Annual report of the Imperial Bacteriological Laboratory, Muktesar
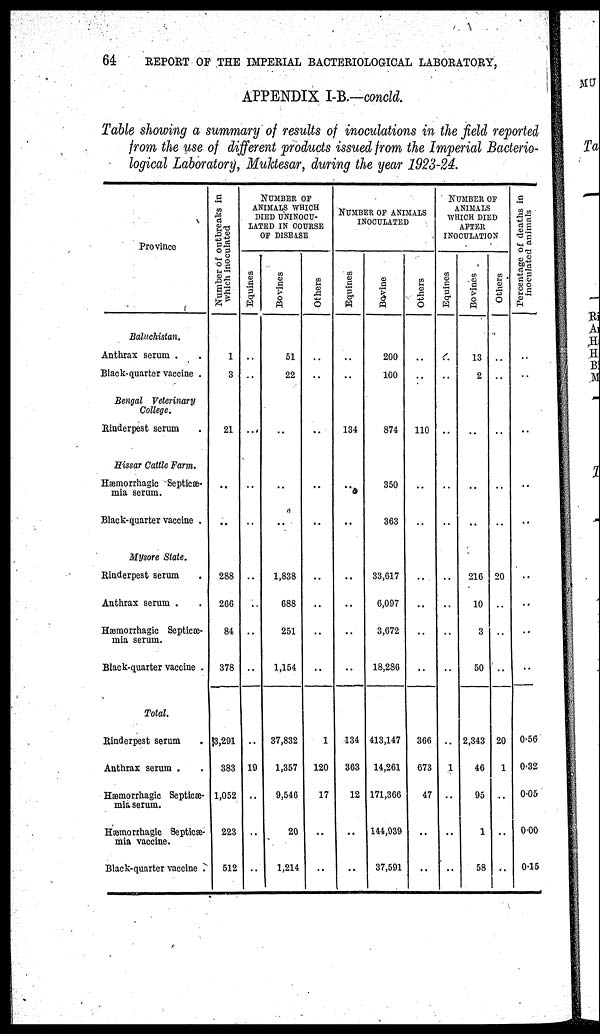
64
REPORT OF THE IMPERIAL BACTERIOLOGICAL LABORATORY,
APPENDIX I-B.-concld.
Table showing a summary of results of inoculations in the field reported
from the use of different products issued from the Imperial Bacterio-
logical Laboratory, Muktesar, during the year 1923-24.
Province
Baluchistan.
Anthrax serum . .
Black-quarter vaccine.
Bengal Veterinary
College.
Rinderpest serum .
Hissar Cattle Farm.
Hæmorrhagic Septicæ-
mia serum.
Black-quarter vaccine .
Mysore State.
Rinderpest serum .
Anthrax serum . .
Hæmorrhagic Septicæ-
mia serum.
Black-quarter vaccine .
Total.
Rinderpest serum .
Anthrax serum . .
Hæmorrhagic Septicæ-
mia serum.
Hæmorrhagic Septicæ-
mia vaccine.
Black-quarter vaccine .
Number of outbreaks in
which inoculated
1
3
21
..
..
288
266
84
378
13,291
383
1,052
223
512
NUMBER OF
ANIMALS WHICH
DIED UNINOCU-
LATED IN COURSE
OF DISEASE
Equines
..
..
...
..
..
..
..
..
..
..
19
..
..
..
Bovines
51
22
..
..
..
1,838
688
251
1,154
37,832
1,357
9,546
20
1,214
Others
..
..
..
..
..
..
..
..
..
1
120
17
..
..
NUMBER OF ANIMALS
INOCULATED
Equines
..
..
134
..
..
..
..
..
..
134
363
12
..
..
Bovine
200
100
874
350
363
33,617
6,097
3,672
18,286
413,147
14,261
171,366
144,939
37,591
Others
..
..
110
..
..
..
..
..
..
366
673
47
..
..
NUMBER OF
ANIMALS
WHICH DIED
AFTER
INOCULATION
Equines
..
..
..
..
..
..
..
..
..
..
1
..
..
..
Bovines
13
2
..
..
..
216
10
3
50
2,343
46
95
1
58
Others
..
..
..
..
..
20
..
..
..
20
1
..
..
..
P ercentage of deaths in
inoculated animals
..
..
..
..
..
..
..
..
..
0.56
0.32
0.05
0.00
0.15